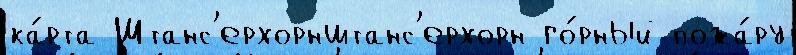
ка́рта Штанс'ерхорнштанс'ерхорн го́рный пожа́ру